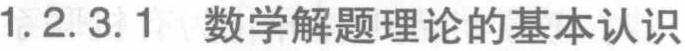
1.2.3.1 数学解题理论的基本认识